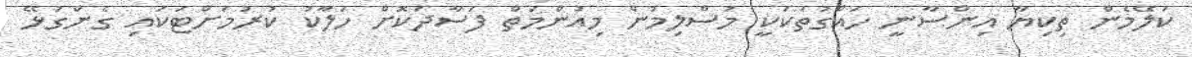
ކަލޭމެން ތިކިޔާ އިންސާނީ ހައްގުތަކަކީ މުސްލިމުން މިއުންމަތް ފަސާދަކޮށް ހަލާކު ކުރުމަށްޓަކައި ގެންގުޅޭ